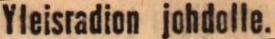
Yleisradion johdolle.